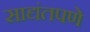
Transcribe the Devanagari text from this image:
साद्यंतपणे